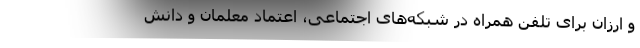
و ارزان برای تلفن همراه در شبکه‌های اجتماعی، اعتماد معلمان و دانش